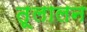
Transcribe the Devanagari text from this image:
तूलालन